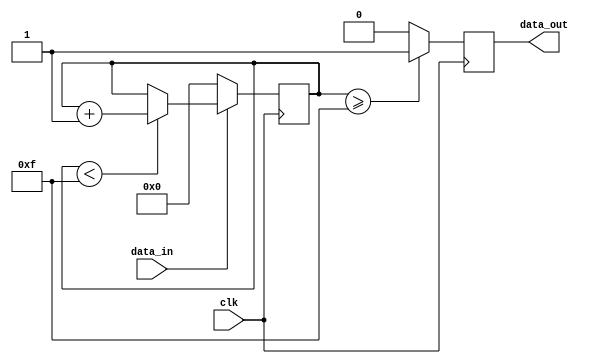
`timescale 1ns / 1ps

module Debouncer (
input clk,
 input data_in,
 output reg data_out);
 
 reg [3:0] counter = 4'b0;
 
 always @ (posedge clk)
 begin
	if (!data_in) counter <= 0;
	else
	begin
		if (counter < 15) // N = 15
		begin
			counter <= counter + 1;
		end
	end
	if (counter >= 15) data_out <= 1;
	else data_out <= 0;
end

endmodule